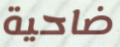
ضاحية